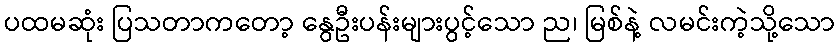
ပထမဆုံး ပြသတာကတော့ နွေဦးပန်းများပွင့်သော ည၊ မြစ်နဲ့ လမင်းကဲ့သို့သော